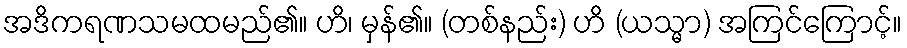
အဒိကရဏသမထမည်၏။ ဟိ၊ မှန်၏။ (တစ်နည်း) ဟိ (ယသ္မာ) အကြင်ကြောင့်။